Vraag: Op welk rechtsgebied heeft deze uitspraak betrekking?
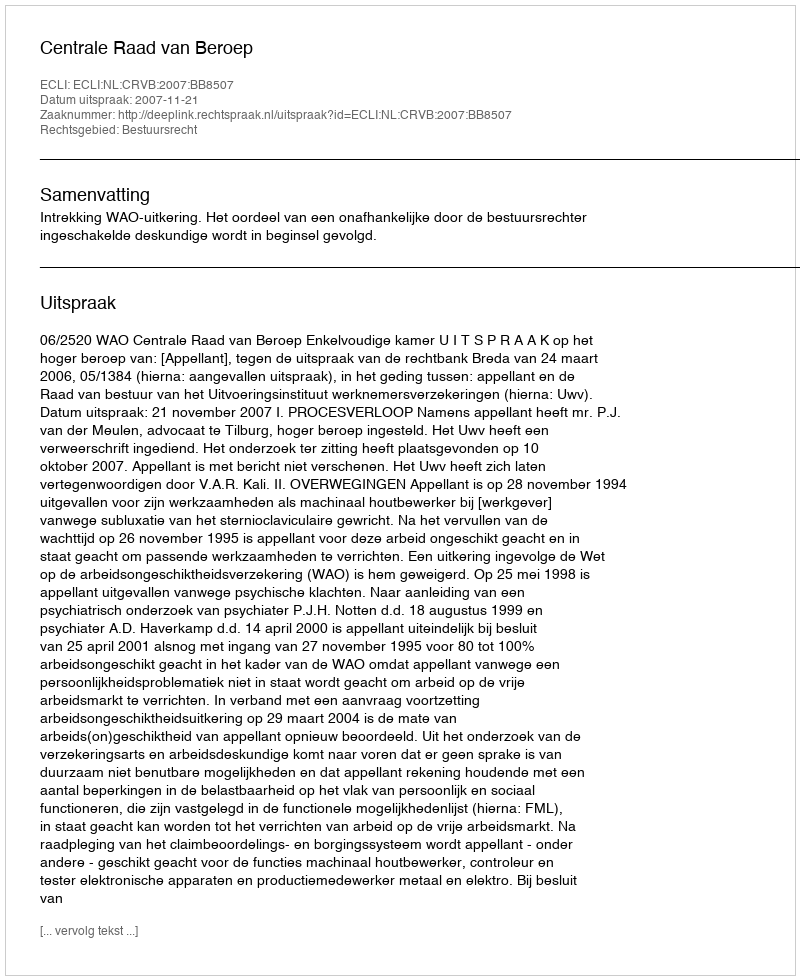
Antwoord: Bestuursrecht